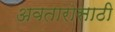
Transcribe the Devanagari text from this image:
अवतारासाठी